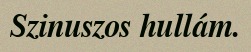
Szinuszos hullám.